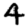
Digit: 4